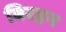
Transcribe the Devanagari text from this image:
बिरहन